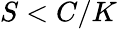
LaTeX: S<C/K